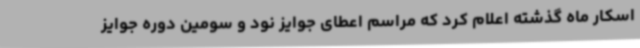
اسکار ماه گذشته اعلام کرد که مراسم اعطای جوایز نود و سومین دوره جوایز